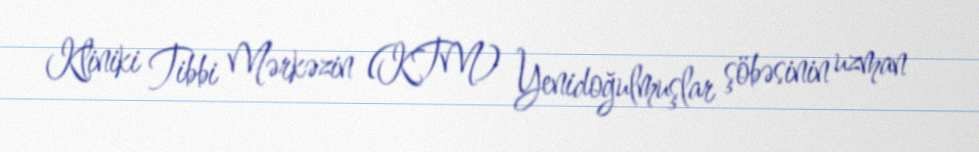
Kliniki Tibbi Mərkəzin (KTM) Yenidoğulmuşlar şöbəsinin uzman